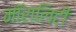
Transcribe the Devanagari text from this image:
मॉरालिटी